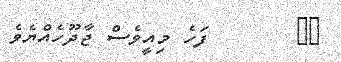
١٥       ފަހެ މިއީވެސް ޖާދޫހެއްޔެވެ